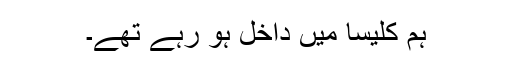
ہم کلیسا میں داخل ہو رہے تھے۔